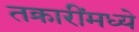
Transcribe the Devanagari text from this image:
तक्रारींमध्ये